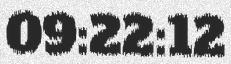
09:22:12